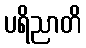
ပရိညာတိ